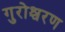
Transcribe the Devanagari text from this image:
गुरोश्चरण